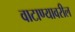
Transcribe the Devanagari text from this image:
वाटाण्यावरील